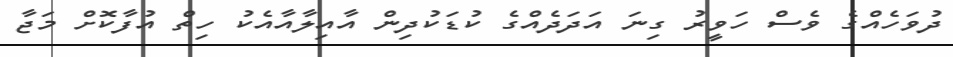
ދުވަހެއްގެ ވެސް ހަވީރު ގިނަ އަދަދެއްގެ ކުޑަކުދިން އާއިލާއާއެކު ހިތް އުފާކޮށް މަޖާ